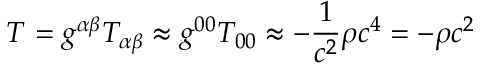
T = g ^ { \alpha \beta } T _ { \alpha \beta } \approx g ^ { 0 0 } T _ { 0 0 } \approx - { \frac { 1 } { c ^ { 2 } } } \rho c ^ { 4 } = - \rho c ^ { 2 }